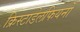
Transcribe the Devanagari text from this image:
क्रिस्टाडेलफियनों